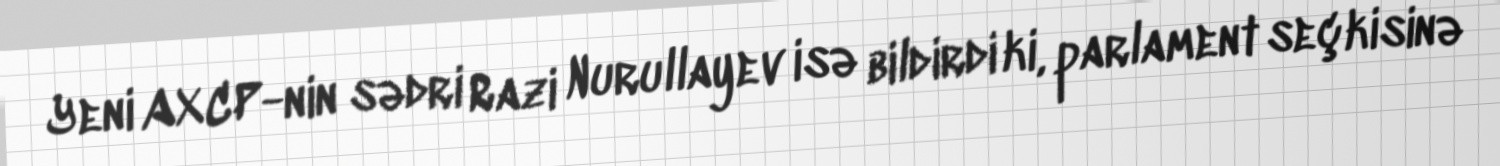
Yeni AXCP-nin sədri Razi Nurullayev isə bildirdi ki, parlament seçkisinə